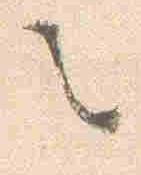
之